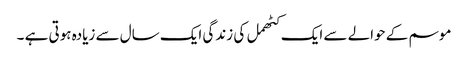
موسم کے حوالے سے ایک کٹھمل کی زندگی ایک سال سے زیادہ ہوتی ہے ۔